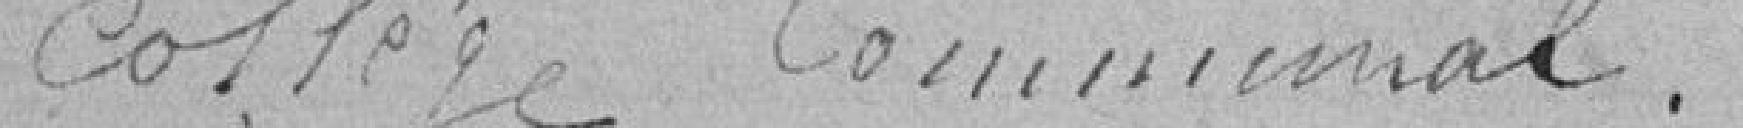
collège communal.